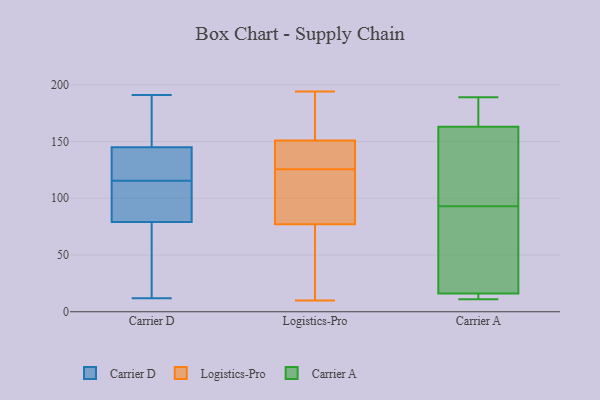
{"axis": {"x": "Demand Index", "y": "Value"}, "legend": ["Carrier A", "Carrier D", "Logistics-Pro"], "data": [{"x": "", "y": 112, "type": "Carrier D"}, {"x": "", "y": 167, "type": "Carrier D"}, {"x": "", "y": 191, "type": "Carrier D"}, {"x": "", "y": 108, "type": "Carrier D"}, {"x": "", "y": 115, "type": "Carrier D"}, {"x": "", "y": 116, "type": "Carrier D"}, {"x": "", "y": 74, "type": "Carrier D"}, {"x": "", "y": 46, "type": "Carrier D"}, {"x": "", "y": 138, "type": "Carrier D"}, {"x": "", "y": 180, "type": "Carrier D"}, {"x": "", "y": 126, "type": "Carrier D"}, {"x": "", "y": 33, "type": "Carrier D"}, {"x": "", "y": 152, "type": "Carrier D"}, {"x": "", "y": 129, "type": "Carrier D"}, {"x": "", "y": 84, "type": "Carrier D"}, {"x": "", "y": 133, "type": "Carrier D"}, {"x": "", "y": 55, "type": "Carrier D"}, {"x": "", "y": 101, "type": "Carrier D"}, {"x": "", "y": 165, "type": "Carrier D"}, {"x": "", "y": 12, "type": "Carrier D"}, {"x": "", "y": 194, "type": "Logistics-Pro"}, {"x": "", "y": 129, "type": "Logistics-Pro"}, {"x": "", "y": 122, "type": "Logistics-Pro"}, {"x": "", "y": 20, "type": "Logistics-Pro"}, {"x": "", "y": 151, "type": "Logistics-Pro"}, {"x": "", "y": 107, "type": "Logistics-Pro"}, {"x": "", "y": 33, "type": "Logistics-Pro"}, {"x": "", "y": 10, "type": "Logistics-Pro"}, {"x": "", "y": 99, "type": "Logistics-Pro"}, {"x": "", "y": 149, "type": "Logistics-Pro"}, {"x": "", "y": 77, "type": "Logistics-Pro"}, {"x": "", "y": 170, "type": "Logistics-Pro"}, {"x": "", "y": 158, "type": "Logistics-Pro"}, {"x": "", "y": 134, "type": "Logistics-Pro"}, {"x": "", "y": 172, "type": "Carrier A"}, {"x": "", "y": 11, "type": "Carrier A"}, {"x": "", "y": 130, "type": "Carrier A"}, {"x": "", "y": 163, "type": "Carrier A"}, {"x": "", "y": 11, "type": "Carrier A"}, {"x": "", "y": 56, "type": "Carrier A"}, {"x": "", "y": 51, "type": "Carrier A"}, {"x": "", "y": 189, "type": "Carrier A"}, {"x": "", "y": 16, "type": "Carrier A"}, {"x": "", "y": 146, "type": "Carrier A"}]}